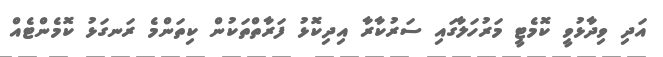
އަދި ވިދާޅުވީ ކޮމެޓީ މަރުހަލާގައި ސަރުކާރާ އިދިކޮޅު ފަރާތްތަކުން ކިތަންމެ ރަނގަޅު ކޮމެންޓެއް